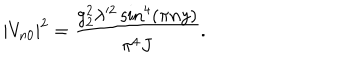
| V _ { n 0 } | ^ { 2 } = \frac { g _ { 2 } ^ { 2 } \lambda ^ { \prime 2 } \sin ^ { 4 } ( \pi n y ) } { \pi ^ { 4 } J } .